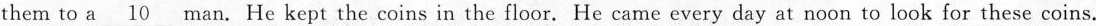
them to a \underline{10} man. He kept the coins in the floor. He came every day at noon to look for these coins.